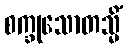
စက္ခုသောတသ္မိံ